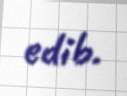
edib.